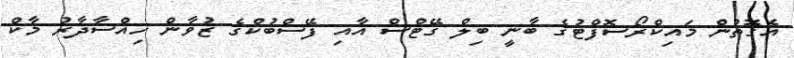
އެގޮތުން މައިކްރޯސޮފްޓުގެ ބާނީ ބިލް ގޭޓްސް އާއި ފޭސްބުކްގެ ޒުވާން ހިއްސާދާރު މާކް